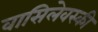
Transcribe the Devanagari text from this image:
वासिलेवस्की